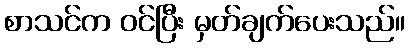
စာသင်က ဝင်ပြီး မှတ်ချက်ပေးသည်။